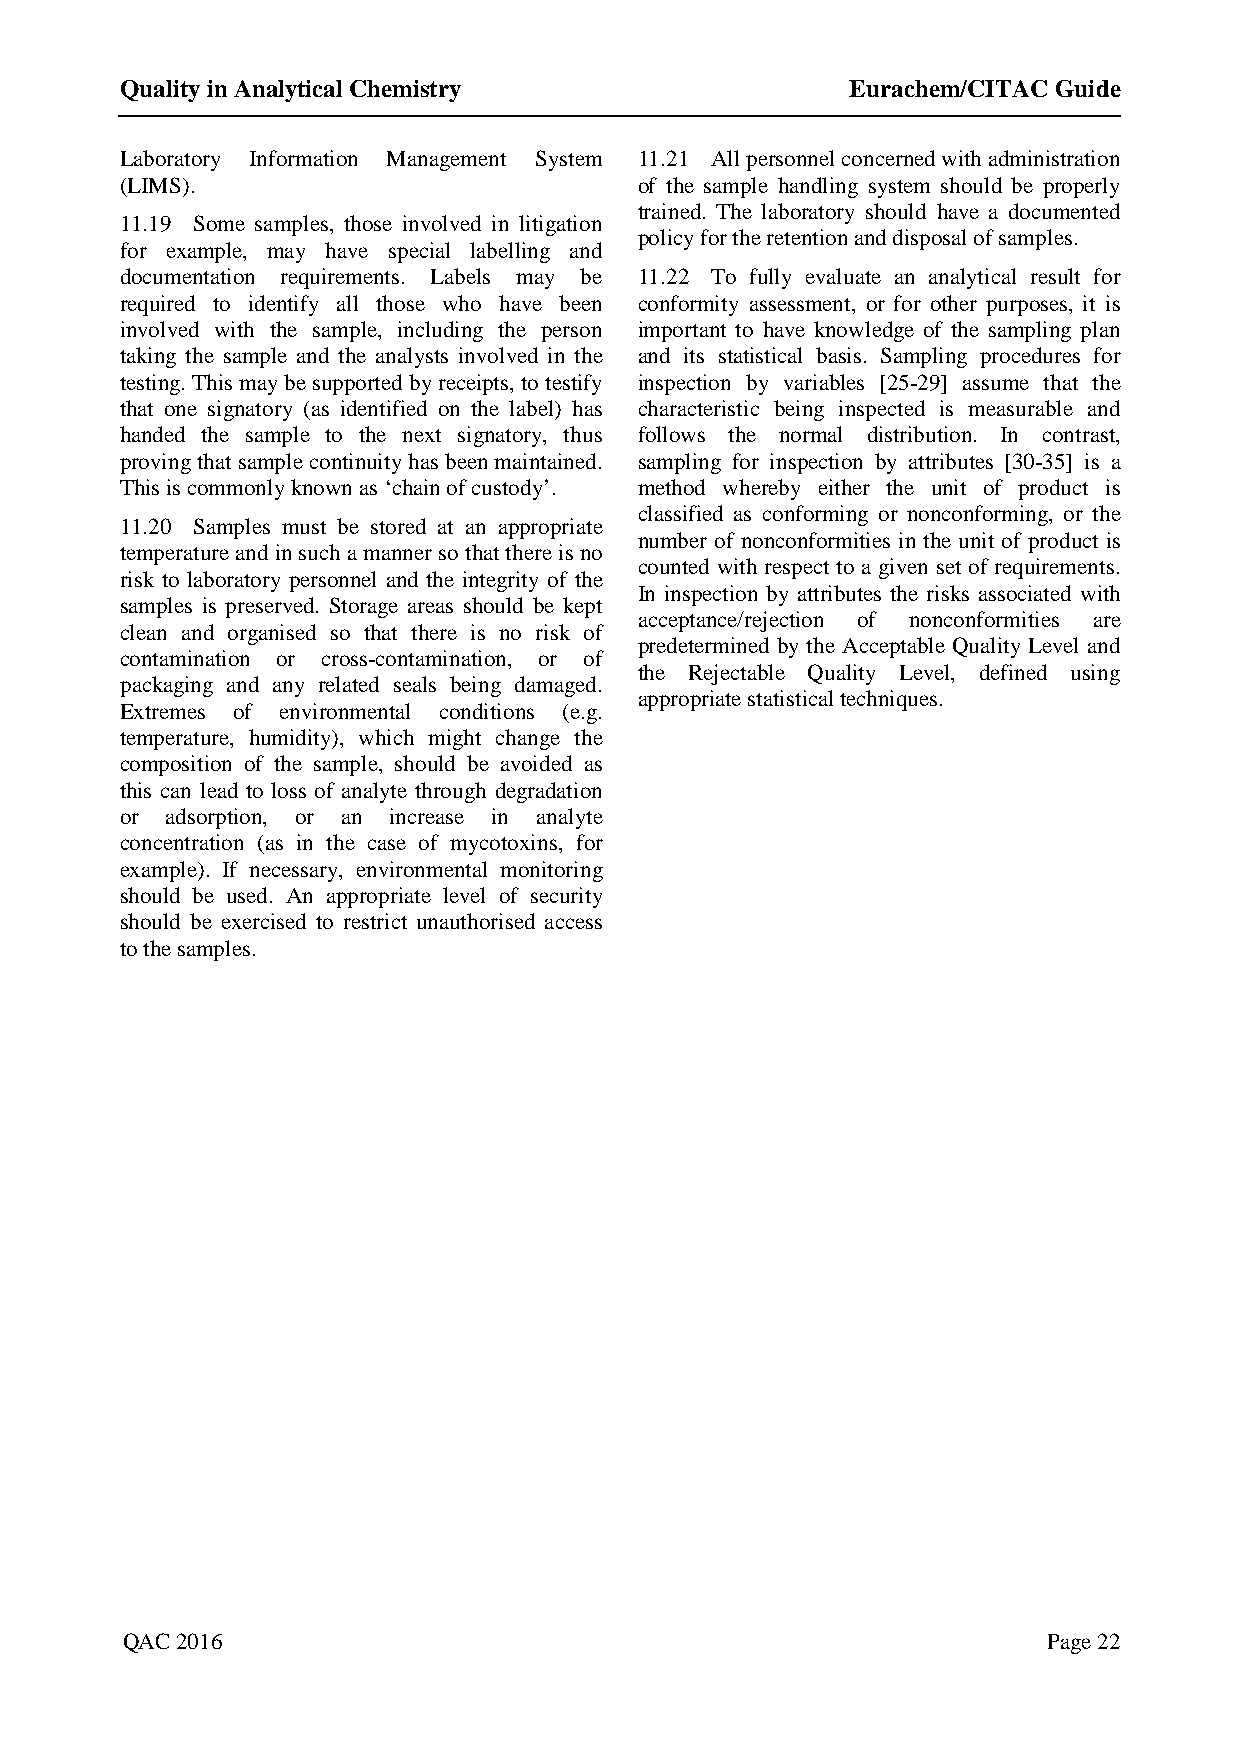
Quality in Analytical Chemistry                 Eurachem/CITAC Guide
 Laboratory Information Management System 11.21 All personnel concerned with administration
 (LIMS).                           of the sample handling system should be properly
 trained. The laboratory should have a documented
 11.19 Some samples, those involved in litigation
 policy for the retention and disposal of samples.
 for example, may have special labelling and
 documentation requirements. Labels may be 11.22 To fully evaluate an analytical result for
 required to identify all those who have been conformity assessment, or for other purposes, it is
 involved with the sample, including the person important to have knowledge of the sampling plan
 taking the sample and the analysts involved in the and its statistical basis. Sampling procedures for
 testing. This may be supported by receipts, to testify inspection by variables [25-29] assume that the
 that one signatory (as identified on the label) has characteristic being inspected is measurable and
 handed the sample to the next signatory, thus follows the normal distribution. In contrast,
 proving that sample continuity has been maintained. sampling for inspection by attributes [30-35] is a
 This is commonly known as ‘chain of custody’. method whereby either the unit of product is
 classified as conforming or nonconforming, or the
 11.20 Samples must be stored at an appropriate
 number of nonconformities in the unit of product is
 temperature and in such a manner so that there is no
 counted with respect to a given set of requirements.
 risk to laboratory personnel and the integrity of the
 In inspection by attributes the risks associated with
 samples is preserved. Storage areas should be kept
 acceptance/rejection of nonconformities are
 clean and organised so that there is no risk of
 predetermined by the Acceptable Quality Level and
 contamination or cross-contamination, or of
 the Rejectable Quality Level, defined using
 packaging and any related seals being damaged.
 appropriate statistical techniques.
 Extremes of environmental conditions (e.g.
 temperature, humidity), which might change the
 composition of the sample, should be avoided as
 this can lead to loss of analyte through degradation
 or adsorption, or an increase in analyte
 concentration (as in the case of mycotoxins, for
 example). If necessary, environmental monitoring
 should be used. An appropriate level of security
 should be exercised to restrict unauthorised access
 to the samples.
 QAC 2016                                                     Page 22